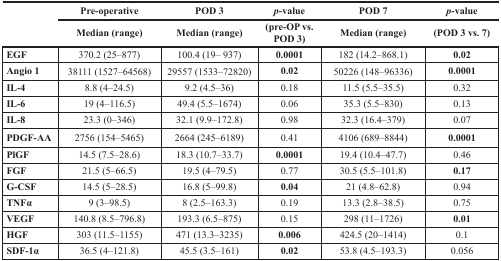
<table><thead><tr><td rowspan="2"></td><td><b>Pre-operative</b></td><td><b>POD 3</b></td><td><b><i>p</i>-value</b></td><td><b>POD 7</b></td><td><b><i>p</i>-value</b></td></tr><tr><td><b>Median (range)</b></td><td><b>Median (range)</b></td><td><b>(pre-OP vs. POD 3)</b></td><td><b>Median (range)</b></td><td><b>(POD 3 vs. 7)</b></td></tr></thead><tbody><tr><td><b>EGF</b></td><td>370.2 (25–877)</td><td>100.4 (19– 937)</td><td><b>0.0001</b></td><td>182 (14.2–868.1)</td><td><b>0.02</b></td></tr><tr><td><b>Angio 1</b></td><td>38111 (1527–64568)</td><td>29557 (1533–72820)</td><td><b>0.02</b></td><td>50226 (148–96336)</td><td><b>0.0001</b></td></tr><tr><td><b>IL-4</b></td><td>8.8 (4–24.5)</td><td>9.2 (4.5–36)</td><td>0.18</td><td>11.5 (5.5–35.5)</td><td>0.32</td></tr><tr><td><b>IL-6</b></td><td>19 (4–116.5)</td><td>49.4 (5.5–1674)</td><td>0.06</td><td>35.3 (5.5–830)</td><td>0.13</td></tr><tr><td><b>IL-8</b></td><td>23.3 (0–346)</td><td>32.1 (9.9–172.8)</td><td>0.98</td><td>32.3 (16.4–379)</td><td>0.07</td></tr><tr><td><b>PDGF-AA</b></td><td>2756 (154–5465)</td><td>2664 (245–6189)</td><td>0.41</td><td>4106 (689–8844)</td><td><b>0.0001</b></td></tr><tr><td><b>PlGF</b></td><td>14.5 (7.5–28.6)</td><td>18.3 (10.7–33.7)</td><td><b>0.0001</b></td><td>19.4 (10.4–47.7)</td><td>0.46</td></tr><tr><td><b>FGF</b></td><td>21.5 (5–66.5)</td><td>19.5 (4–79.5)</td><td>0.77</td><td>30.5 (5.5–101.8)</td><td><b>0.17</b></td></tr><tr><td><b>G-CSF</b></td><td>14.5 (5–28.5)</td><td>16.8 (5–99.8)</td><td><b>0.04</b></td><td>21 (4.8–62.8)</td><td>0.94</td></tr><tr><td><b>TNFα</b></td><td>9 (3–98.5)</td><td>8 (2.5–163.3)</td><td>0.19</td><td>13.3 (2.8–38.5)</td><td>0.75</td></tr><tr><td><b>VEGF</b></td><td>140.8 (8.5–796.8)</td><td>193.3 (6.5–875)</td><td>0.15</td><td>298 (11–1726)</td><td><b>0.01</b></td></tr><tr><td><b>HGF</b></td><td>303 (11.5–1155)</td><td>471 (13.3–3235)</td><td><b>0.006</b></td><td>424.5 (20–1414)</td><td>0.1</td></tr><tr><td><b>SDF-1α</b></td><td>36.5 (4–121.8)</td><td>45.5 (3.5–161)</td><td><b>0.02</b></td><td>53.8 (4.5–193.3)</td><td>0.056</td></tr></tbody></table>